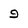
Character: 9